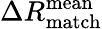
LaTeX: \Delta R_{\mathrm{match}}^{\mathrm{mean}}